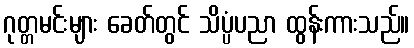
ဂုတ္တမင်းများ ခေတ်တွင် သိပ္ပံပညာ ထွန်းကားသည်။